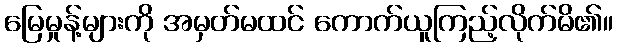
မြေမှုန့်များကို အမှတ်မထင် ကောက်ယူကြည့်လိုက်မိ၏။